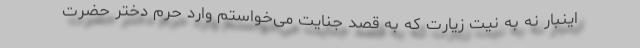
اینبار نه به نیت زیارت که به قصد جنایت می‌خواستم وارد حرم دختر حضرت